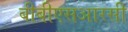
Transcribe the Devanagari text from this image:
बीबीएसआरसी